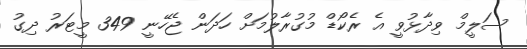
ސަލީމް ވިދާޅުވީ އެ ރެކޯޑް މުގުރާލުމަށް ހަދަން ޖެހޭނީ 349 މީޓަރު ދިގު